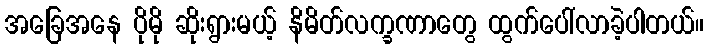
အခြေအနေ ပိုမို ဆိုးရွားမယ့် နိမိတ်လက္ခဏာတွေ ထွက်ပေါ်လာခဲ့ပါတယ်။